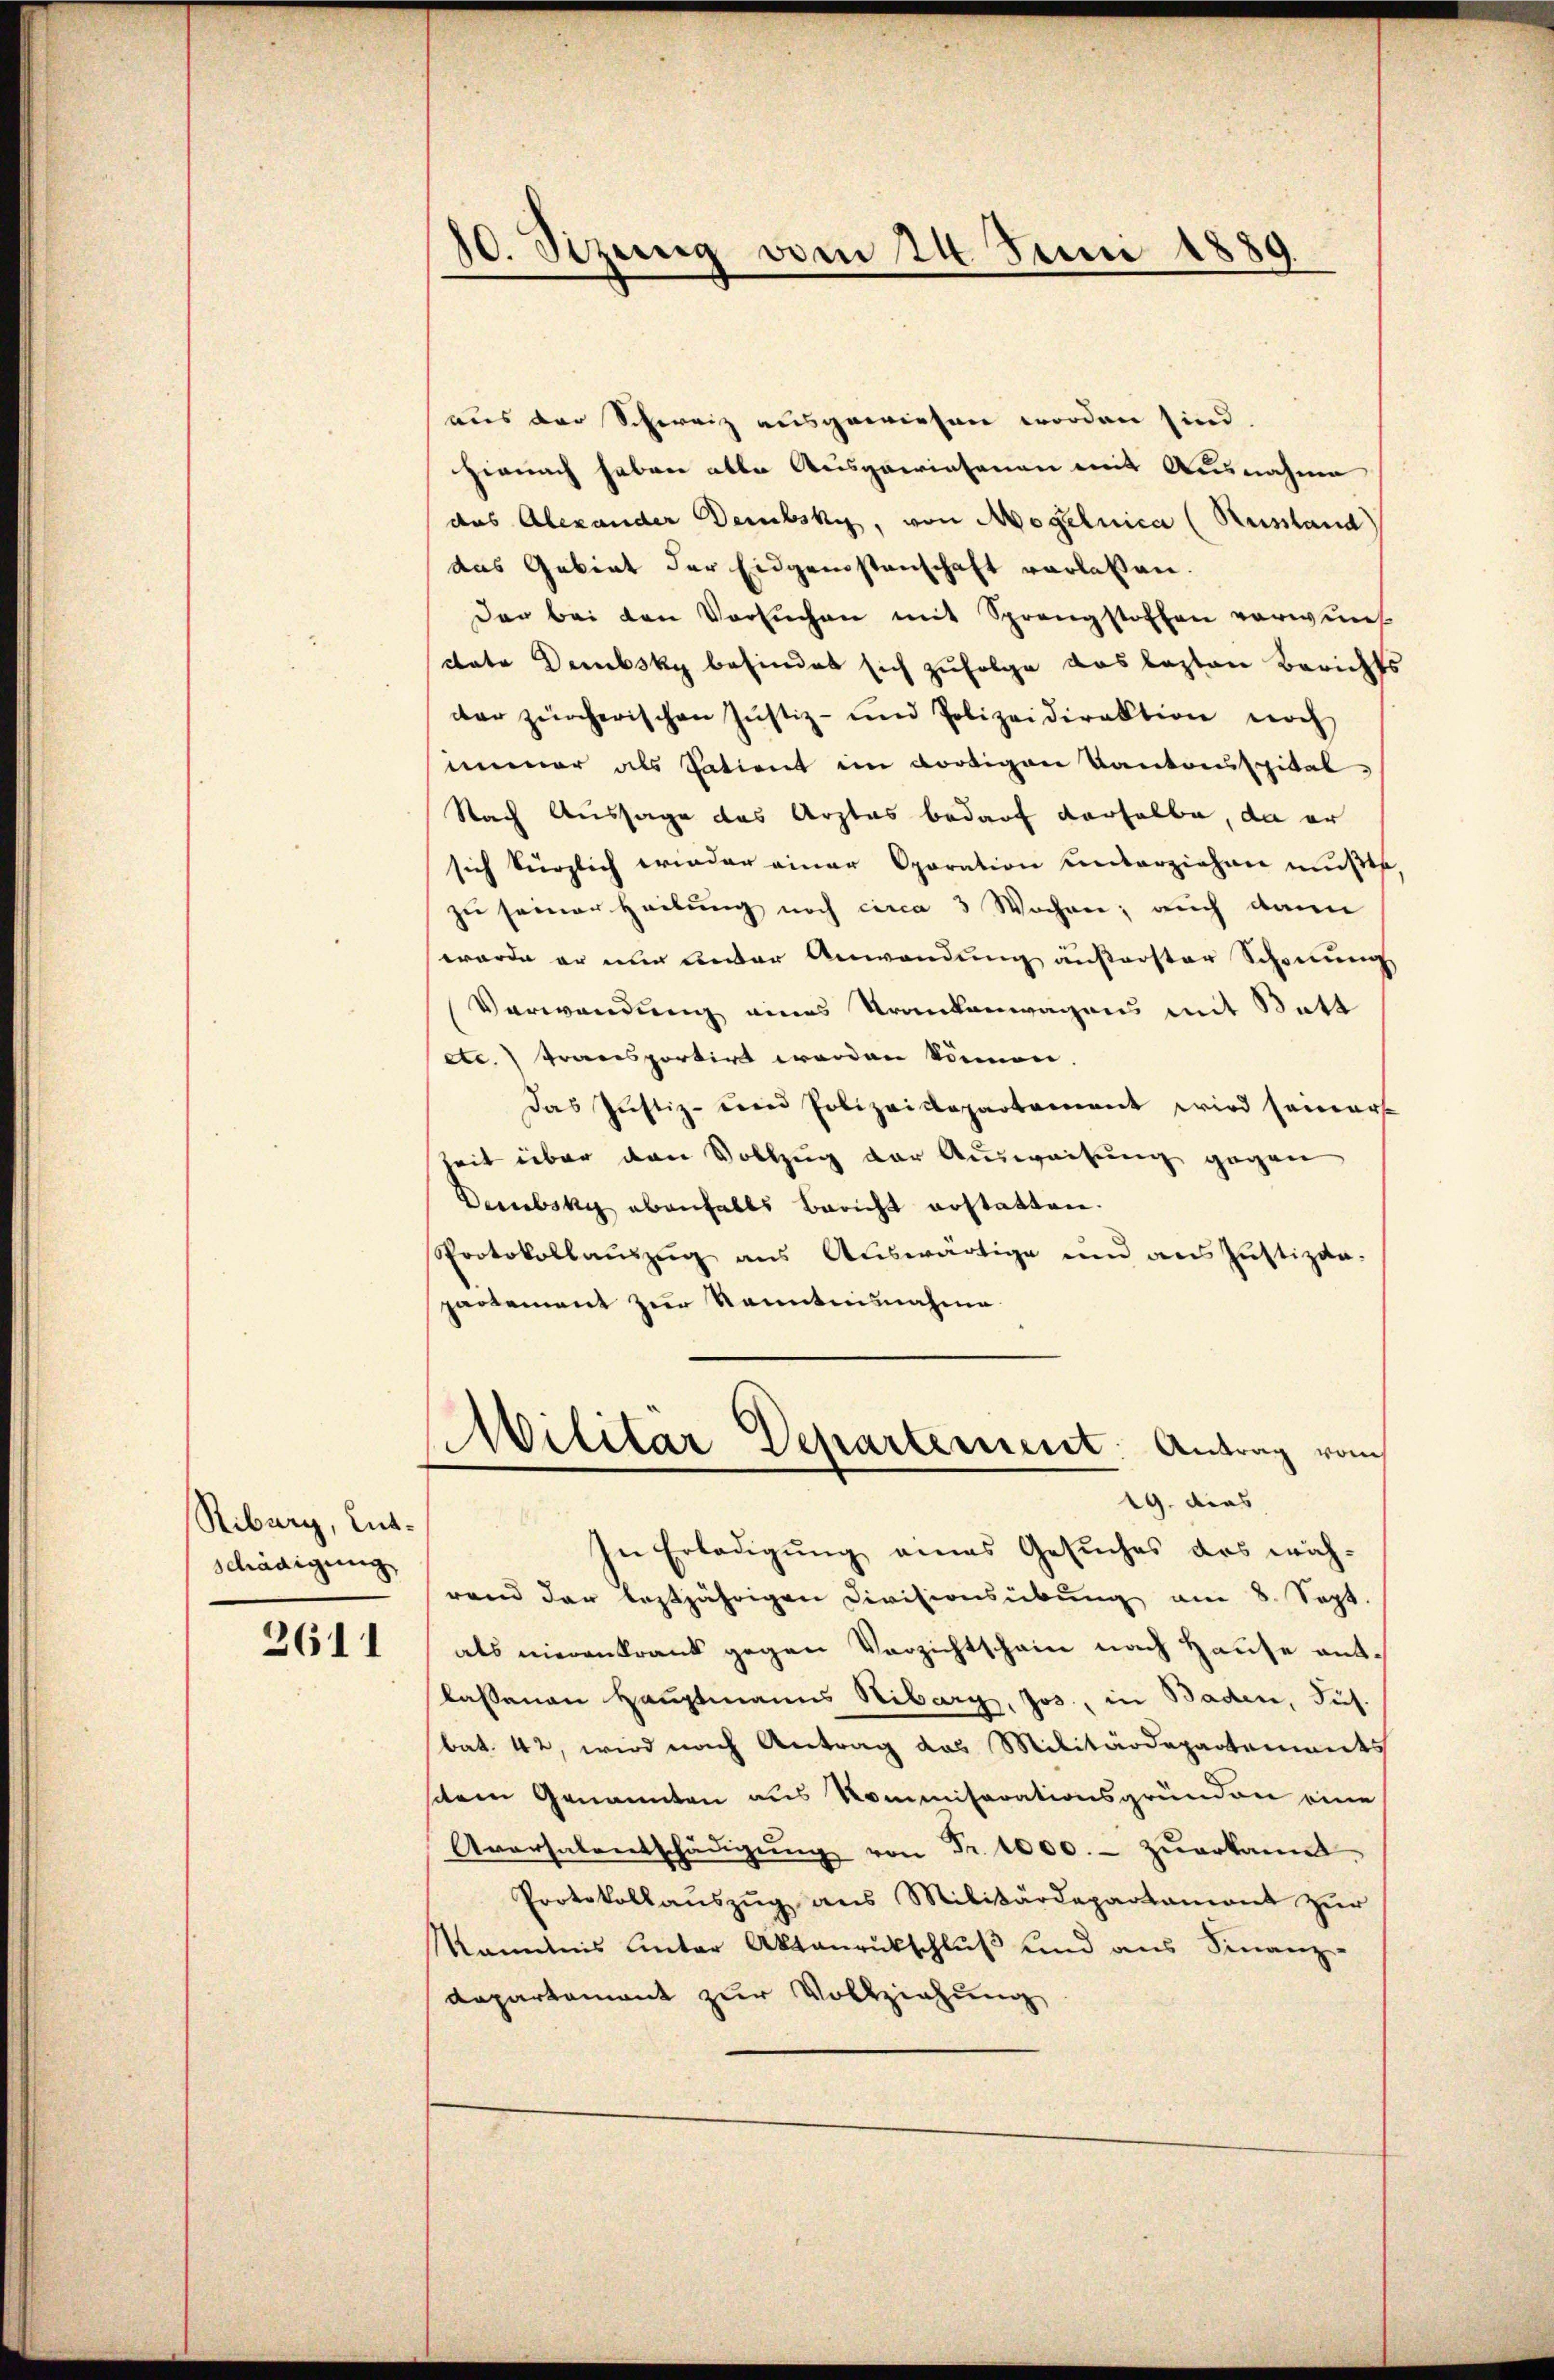
Riburg, Entschädigung

3611

10. Sizung vom 24. Juni 1889.

aus der Schweiz ausgewiesen worden sind.
Hirnach haben alle Ausgewiesenen mit Ausnahme
das Alexander Decbsky, von Mogelnica (Russland
das Gebiet der Eidgenstenschaft verlaßen.
Der bei den Versuchen mit Sprengstoffen verwüns
ctata Dembsky befindet sich zufolge das lezten Berichts
der zürcherischen Justiz- und Polizeidirektion noch
immer als Sation im dortigen Kantonsspital-
Nach Aussage das Arztes bedarf derselbe, da er
sich kürzlich wieder einer Operation unterziehen mußte,
zu seiner Heilung noch circa 3 Wochen; auch dann
werde er nur unter Anwendung äußerster Schonung
Verwendung eines Krankenwagens mit Satt
etc.) transportirt werden können.
Das Justiz- dem Polizeidepartement wird seiners
teit über den Vollzug der Ausweisung gegen
Decubsky ebenfalls Bericht erstatten.
Protokollaŭszŭg aŭs Aŭswärtige und ans Justizan-
partement zur Kenntnisnahme
Militar Departement: Antrag vom
19. dies
In Erledigung eines Gesuches des währand der leztjährigen Divisionsübung am 8. Sept
als nierenkrank gegen Verzichtschein nach Hause entlassenen Hauptmanns Kiburg, Jos., in Baden, Sus.
bat. 42, wird nach Antrag das Militärdepartements
stem Genannten aus Kommisarationsgründen eine
Aversalentschädigŭng von Fr. 1000.- zŭerkannt.
Protokollaŭszŭg ans Militärdepartament zŭr
Kenntnis unter Aktaurukschluß und aus Finanz-
Departement zur Vollziehung